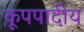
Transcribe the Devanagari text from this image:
कूपपादीय